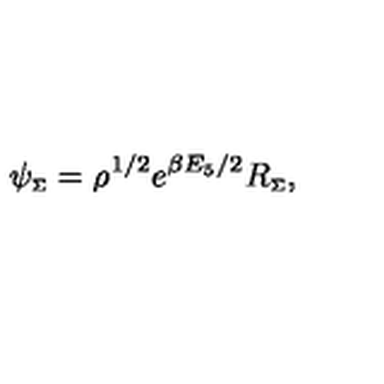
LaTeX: \psi _ { \scriptscriptstyle \Sigma } = \rho ^ { 1 / 2 } e ^ { \beta E _ { 5 } / 2 } R _ { \scriptscriptstyle \Sigma } ,